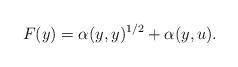
LaTeX: \begin{align*}F(y)=\alpha(y,y)^{1/2}+\alpha(y,u).\end{align*}